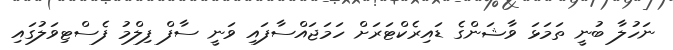
ނަހުލާ ބުނީ ތަމަޅަ ވާޝަންގެ ޑައިރެކްޓަރަށް ހަމަޖައްސާފައި ވަނީ ސާފް ފިލްމު ފެސްޓިވަލުގައި